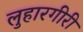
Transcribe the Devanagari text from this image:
लुहारगीरी